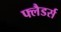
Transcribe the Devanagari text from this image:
फ्लैडर्स